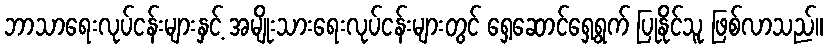
ဘာသာရေးလုပ်ငန်းများနှင့် အမျိုးသားရေးလုပ်ငန်းများတွင် ရှေ့ဆောင်ရှေ့ရွက် ပြုနိုင်သူ ဖြစ်လာသည်။